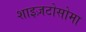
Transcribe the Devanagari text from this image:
शाइज़टोसोमा